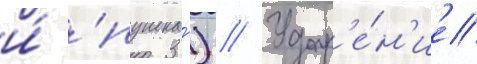
и́ 'пушка') // Удар'е́н'ие